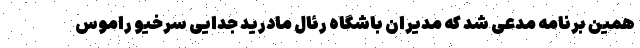
همین برنامه مدعی شد که مدیران باشگاه رئال مادرید جدایی سرخیو راموس